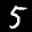
Label: 5